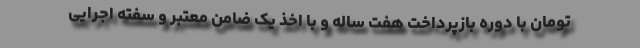
تومان با دوره بازپرداخت هفت ساله و با اخذ یک ضامن معتبر و سفته اجرایی